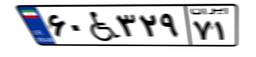
۶۰W۳۲۹۷۱